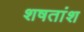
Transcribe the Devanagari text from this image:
शषतांश